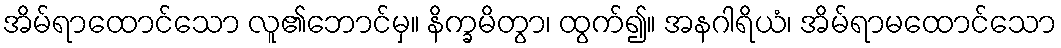
အိမ်ရာထောင်သော လူ၏ဘောင်မှ။ နိက္ခမိတွာ၊ ထွက်၍။ အနဂါရိယံ၊ အိမ်ရာမထောင်သော